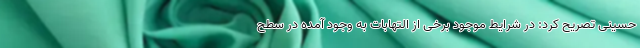
حسینی تصریح کرد: در شرایط موجود برخی از التهابات به وجود آمده در سطح